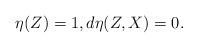
LaTeX: \begin{align*}\eta(Z) = 1, d \eta(Z, X) = 0.\end{align*}